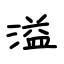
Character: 溢